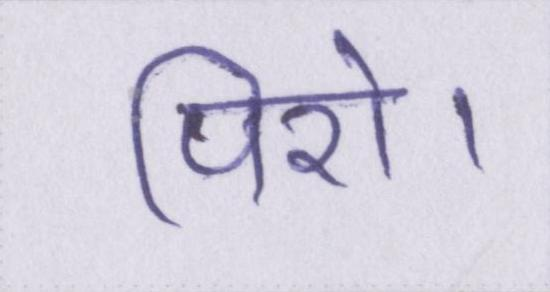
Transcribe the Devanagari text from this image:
पिरो